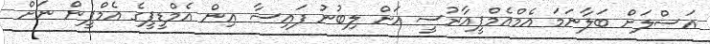
އަސްލަށް ބަލާނަމަ އެމްއެމްޕީއާރުސީ އަށް ލިބުނު ފައިސާ އިން އެމްޑީޕީގެ އެމްޕީން ނަށް